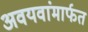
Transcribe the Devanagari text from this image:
अवयवांमार्फत